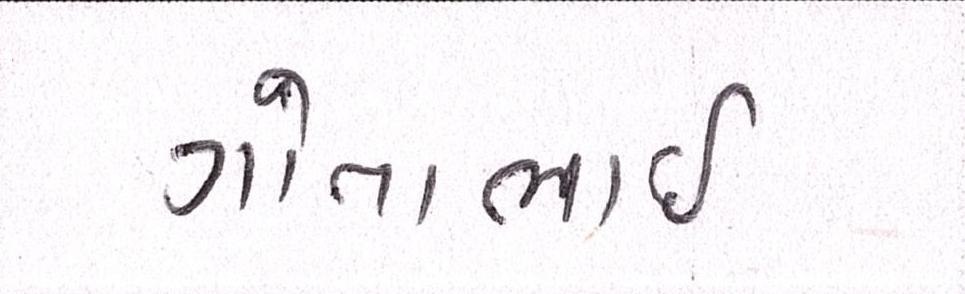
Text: ગોતાભાઈ